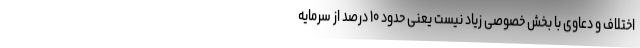
اختلاف و دعاوی با بخش خصوصی زیاد نیست یعنی حدود ۱۰ درصد از سرمایه